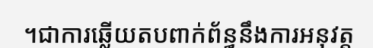
។ជាការឆ្លើយតបពាក់ព័ន្ធនឹងការអនុវត្ត